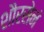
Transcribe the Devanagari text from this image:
शौरसेनं